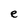
Character: e